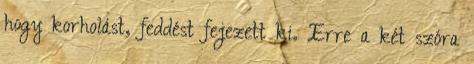
hogy korholást, feddést fejezett ki. Erre a két szóra